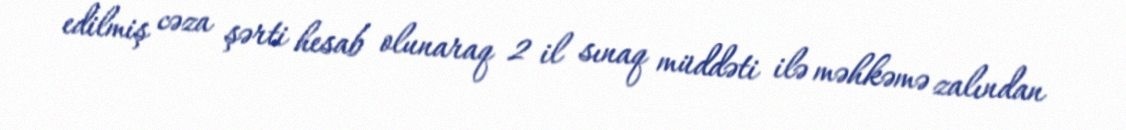
edilmiş cəza şərti hesab olunaraq 2 il sınaq müddəti ilə məhkəmə zalından